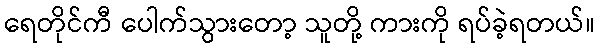
ရေတိုင်ကီ ပေါက်သွားတော့ သူတို့ ကားကို ရပ်ခဲ့ရတယ်။